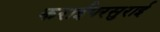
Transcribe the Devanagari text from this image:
कराईपरसुराई